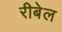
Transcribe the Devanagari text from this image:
रीबेल